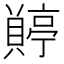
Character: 𧷭